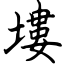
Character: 塿